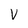
Character: v